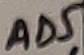
Text: AD5